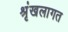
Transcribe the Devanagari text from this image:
श्रृंखलागत